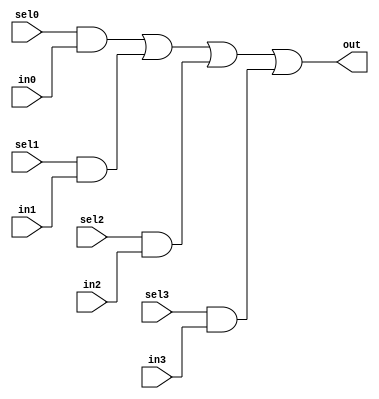
module oh_mux4 #(parameter DW = 1 ) // width of mux
   (
    input 	    sel3,
    input 	    sel2,
    input 	    sel1,
    input 	    sel0,
    input [DW-1:0]  in3,
    input [DW-1:0]  in2,
    input [DW-1:0]  in1,
    input [DW-1:0]  in0, 
    output [DW-1:0] out  //selected data output
    );

   assign out[DW-1:0] = ({(DW){sel0}} & in0[DW-1:0] |
			 {(DW){sel1}} & in1[DW-1:0] |
			 {(DW){sel2}} & in2[DW-1:0] |
			 {(DW){sel3}} & in3[DW-1:0]);

`ifdef TARGET_SIM
   wire 	    error;
   assign error = (sel0 | sel1 | sel2 | sel3) &
   		  ~(sel0 ^ sel1 ^ sel2 ^ sel3);

   always @ (posedge error)
     begin
	#1 if(error)
	  $display ("ERROR at in oh_mux4 %m at ",$time);
     end
`endif   			
endmodule